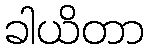
ခါယိတာ